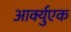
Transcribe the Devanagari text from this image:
आर्क्युएक